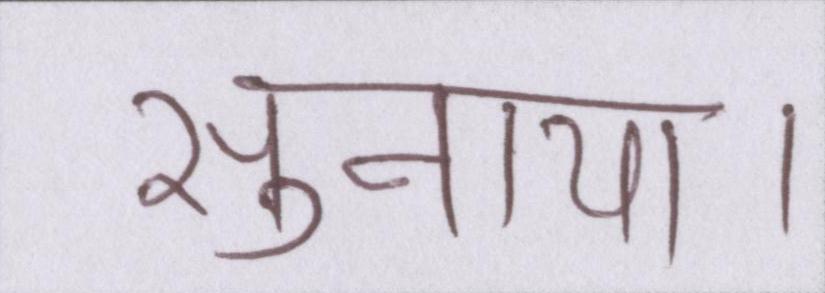
सुनाया।